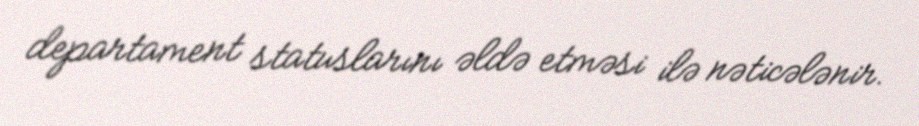
departament statuslarını əldə etməsi ilə nəticələnir.